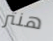
هنتر